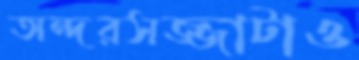
অন্দরসজ্জাটাও